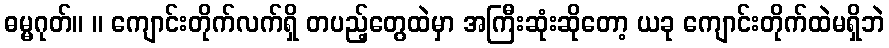
ဓမ္မဂုတ်။ ။ ကျောင်းတိုက်လက်ရှိ တပည့်တွေထဲမှာ အကြီးဆုံးဆိုတော့ ယခု ကျောင်းတိုက်ထဲမရှိဘဲ